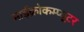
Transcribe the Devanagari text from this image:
माईक्रोकम्प्यूटर